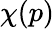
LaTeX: \chi(p)